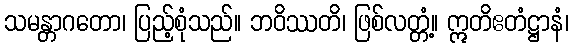
သမန္တာဂတော၊ ပြည့်စုံသည်။ ဘဝိဿတိ၊ ဖြစ်လတ္တံ့။ ဣတိဧတံဋ္ဌာနံ၊